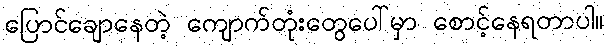
ပြောင်ချောနေတဲ့ ကျောက်တုံးတွေပေါ်မှာ စောင့်နေရတာပါ။